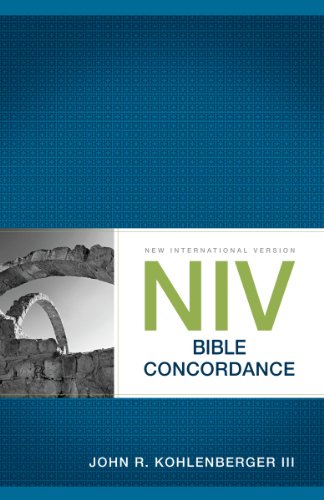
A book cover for NIV Bible Concordance; John R. Kohlenberger III; Christian Books & Bibles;